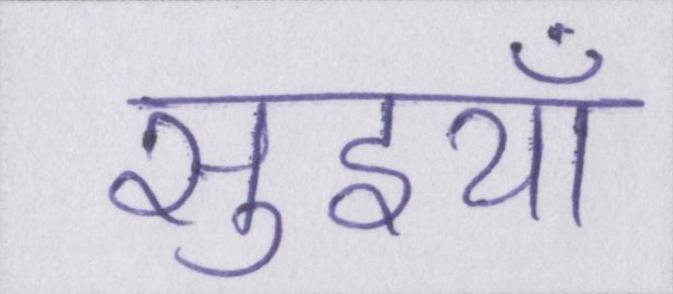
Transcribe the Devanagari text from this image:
सुइयाँ